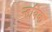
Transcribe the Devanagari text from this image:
न्हयिक